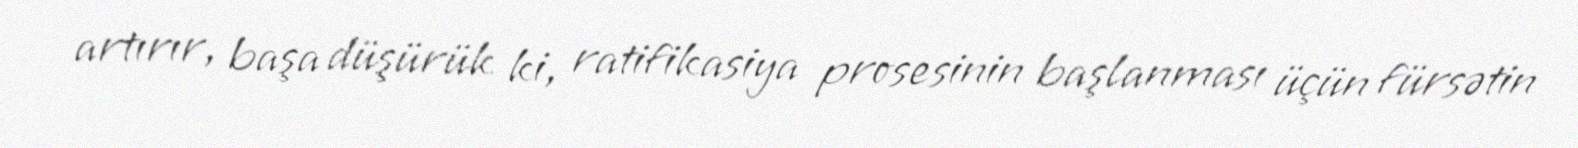
artırır, başa düşürük ki, ratifikasiya prosesinin başlanması üçün fürsətin